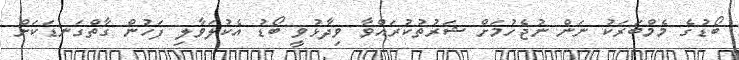
ބޯޑުގެ މެމްބަރަކު ނަން ނުޖެހުމަށް ޝަރުތުކުރައްވާ ވިދާޅުވީ ބޯޑު އެކުލަވާލި ފަހުން ގާތްގަނޑަކަށް